Indian journal of veterinary science and animal husbandry - Volumes 22-23, 1952-1953
Year: 1952
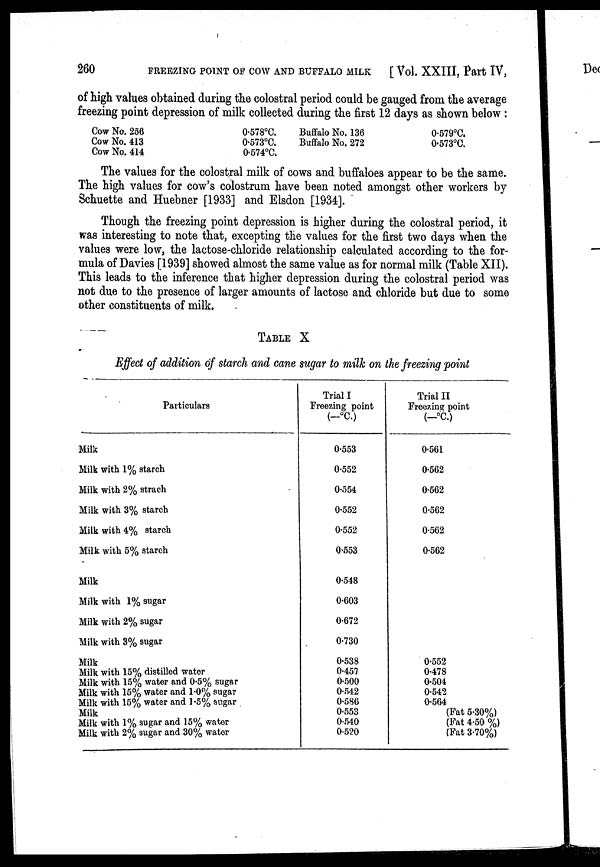
260
FREEZING POINT OF COW AND BUFFALO MILK
[Vol. XXIII, Part IV,
of high values obtained during the colostral period could be gauged from the average
freezing point depression of milk collected during the first 12 days as shown below:
Cow No. 256
Cow No. 413
Cow No. 414
0.578ºC.
0.573ºC.
0.574ºC.
Buffalo No. 136
Buffalo No. 272
0.579ºC.
0.573ºC.
The values for the colostral milk of cows and buffaloes appear to be the same.
The high values for cow's colostrum have been noted amongst other workers by
Schuette and Huebner [1933] and Elsdon [1934].
Though the freezing point depression is higher during the colostral period, it
was interesting to note that, excepting the values for the first two days when the
values were low, the lactose-chloride relationship calculated according to the for-
mula of Davies [1939] showed almost the same value as for normal milk (Table XII).
This leads to the inference that higher depression during the colostral period was
not due to the presence of larger amounts of lactose and chloride but due to some
other constituents of milk.
TABLE X
Effect of addition of starch and cane sugar to milk on the freezing point
Particulars
Milk
Milk with 1% starch
Milk with 2% strach
Milk with 3% starch
Milk with 4% starch
Milk with 5% starch
Milk
Milk with 1% sugar
Milk with 2% sugar
Milk with 3% sugar
Milk
Milk with 15% distilled water
Milk with 15% water and 0.5% sugar
Milk with 15% water and 1.0% sugar
Milk with 15% water and 1.5% sugar
Milk
Milk with 1% sugar and 15% water
Milk with 2% sugar and 30% water
Trial I
Freezing point
(—ºC.)
0.553
0.552
0.554
0.552
0.552
0.553
0.548
0.603
0.672
0.730
0.538
0.457
0.500
0.542
0.586
0.553
0.540
0.520
Trial II
Freezing point
(—ºC. )
0.561
0.562
0.562
0.562
0.562
0.562
0.552
0.478
0.504
0.542
0.564
(Fat 5.30%)
(Fat 4.50 %)
(Fat 3.70%)